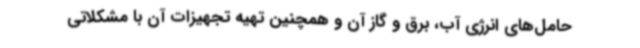
حامل‌های انرژی آب، برق و گاز آن و همچنین تهیه تجهیزات آن با مشکلاتی